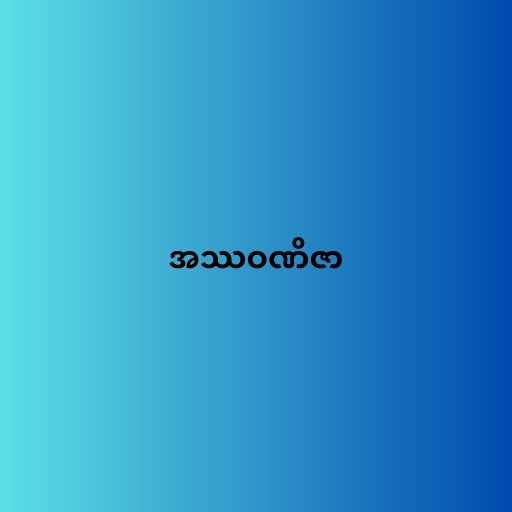
အဿဝဏိဇာ